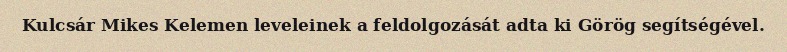
Kulcsár Mikes Kelemen leveleinek a feldolgozását adta ki Görög segítségével.